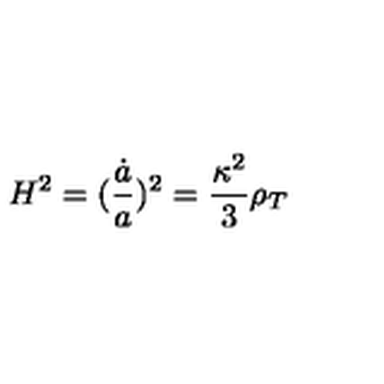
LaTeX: H ^ { 2 } = ( \frac { \dot { a } } { a } ) ^ { 2 } = \frac { \kappa ^ { 2 } } { 3 } \rho _ { T }